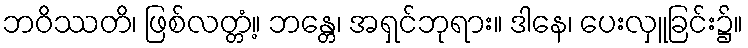
ဘဝိဿတိ၊ ဖြစ်လတ္တံ့။ ဘန္တေ၊ အရှင်ဘုရား။ ဒါနေ၊ ပေးလှူခြင်း၌။